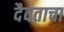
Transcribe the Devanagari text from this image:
दैवताचा